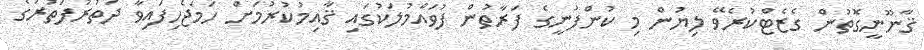
ޤާނޫނީގޮތުން ގެޒެޓްކުރެވޭ ލިޔުން މި ކުންފުނީގެ ފަރާތުން ފުވައްމުލަކުގައި ޤާއިމުކުރުމަށް ހަމަޖެހިފައިވާ ދަތުރުފަތުރުގެ